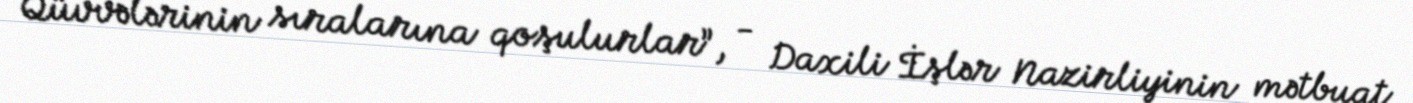
Qüvvələrinin sıralarına qoşulurlar”, - Daxili İşlər Nazirliyinin mətbuat